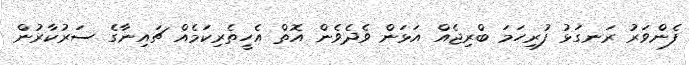
ފެންވަރު ރަނގަޅު ފުރިހަމަ ބްރިޖެއް އަޅަން ވެދެވެން އޮތް އެހީތެރިކަމެއް ޗައިނާގެ ސަރުކާރުން